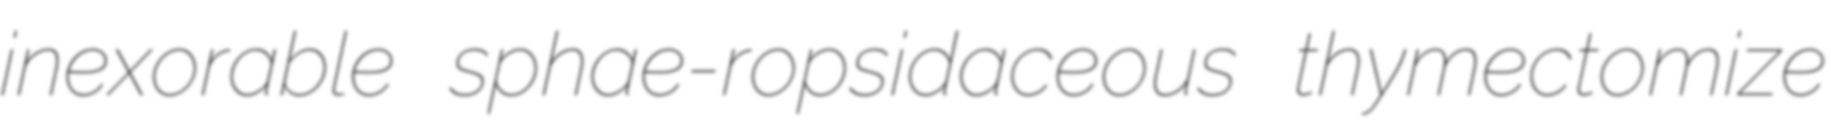
inexorable sphae-ropsidaceous thymectomize